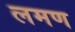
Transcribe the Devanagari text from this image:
लमण